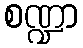
စဏ္ဍာ